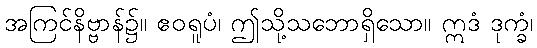
အကြင်နိဗ္ဗာန်၌။ ဧဝရူပံ၊ ဤသို့သဘောရှိသော။ ဣဒံ ဒုက္ခံ၊